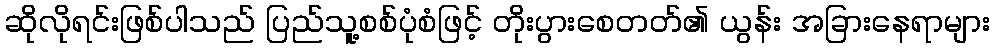
ဆိုလိုရင်းဖြစ်ပါသည် ပြည်သူ့စစ်ပုံစံဖြင့် တိုးပွားစေတတ်၏ ယွန်း အခြားနေရာများ